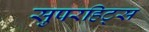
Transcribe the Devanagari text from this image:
सुपरहिट्स